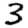
Digit: 3